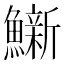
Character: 𫚀